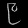
Digit: ၉